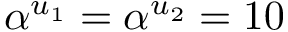
\alpha ^ { u _ { 1 } } = \alpha ^ { u _ { 2 } } = 1 0